Civil Veterinary Department. United Provinces 1923-31 - 1923-1931
Year: 1923
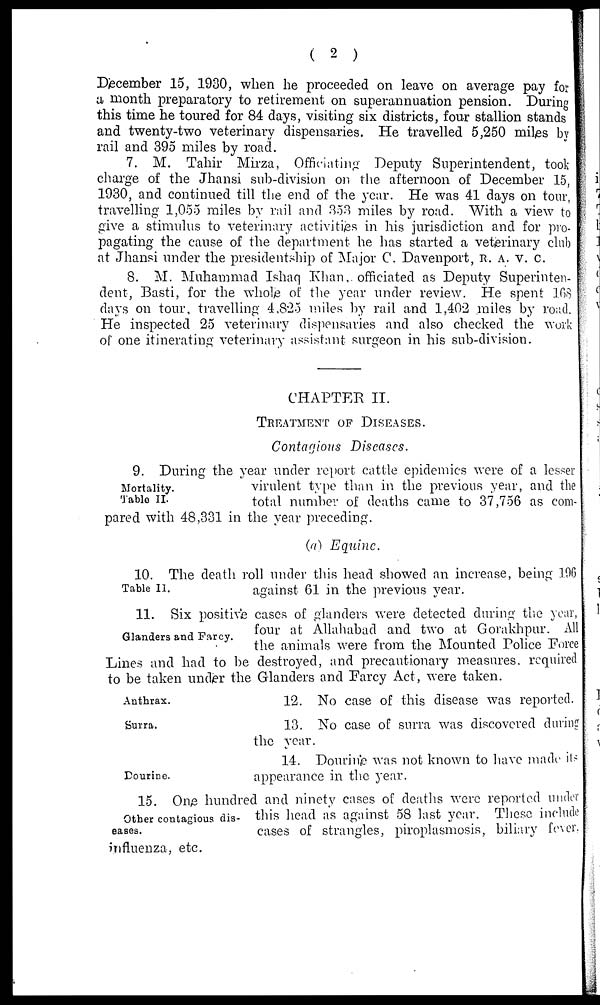
( 2 )
December 15, 1930, when he proceeded on leave on average pay for
a month preparatory to retirement on superannuation pension. During
this time he toured for 84 days, visiting six districts, four stallion stands
and twenty-two veterinary dispensaries. He travelled 5,250 miles by
rail and 395 miles by road.
7. M. Tahir Mirza, Officiating Deputy Superintendent, took
charge of the Jhansi sub-division on the afternoon of December 15,
1930, and continued till the end of the year. He was 41 days on tour,
travelling 1,055 miles by rail and 353 miles by road. With a view to
give a stimulus to veterinary activities in his jurisdiction and for pro-
pagating the cause of the department he has started a veterinary club
at Jhansi under the presidentship of Major C. Davenport, R. A. V. C.
8. M. Muhammad Ishaq Khan, officiated as Deputy Superinten-
dent, Basti, for the whole of the year under review. He spent 168
clays on tour, travelling 4,825 miles by rail and 1,402 miles by road.
He inspected 25 veterinary dispensaries and also checked the work
of one itinerating veterinary assistant surgeon in his sub-division.
CHAPTER II.
TREATMENT OF DISEASES.
Contaqious Diseases.
Mortality.
Table II.
9. During the year under report cattle epidemics were of a lesser
virulent type than in the previous year, and the
total number of deaths came to 37,756 as com-
pared with 48,331 in the year preceding.
(a) Equine.
Table II.
10. The death roll under this head showed an increase, being 106
against 61 in the previous year.
Glanders and Farcy.
11. Six positive cases of glanders were detected during the year,
four at Allahabad and two at Gorakhpur. All
the animals were from the Mounted Police Force
Lines and had to be destroyed, and precautionary measures. required
to be taken under the Glanders and Farcy Act, were taken.
Anthrax.
12. No case of this disease was reported.
Surra.
13. No case of surra was discovered during
the year.
Dourine.
14. Dourine was not known to have made its
appearance in the year.
Other contagious dis
eases.
15. One hundred and ninety cases of deaths were reported under
this head as against 58 last year. These include
cases of strangles, piroplasmosis, biliary fever.
influenza, etc.